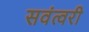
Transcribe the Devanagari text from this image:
सवंत्वरी